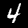
Label: 4